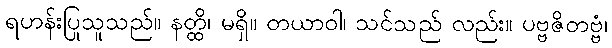
ရဟန်းပြုသူသည်။ နတ္ထိ၊ မရှိ။ တယာဝါ၊ သင်သည် လည်း။ ပဗ္ဗဇိတဗ္ဗံ၊